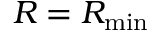
R = R _ { \mathrm { m i n } }